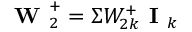
\textbf { W } _ { 2 } ^ { + } = \Sigma W _ { 2 k } ^ { + } \textbf { I } _ { k }